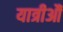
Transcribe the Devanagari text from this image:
यात्रीऔं